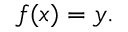
\displaystyle f ( x ) = y .